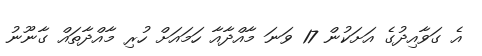
އެ ގަވާއިދުގެ އަށަކުން 17 ވަަނަ މާއްދާއާ ހަމައަށް ހުރި މާއްދާތައް ގާނޫނު